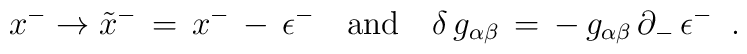
x^- \rightarrow \tilde{x}^-\,=\,x^-\,-\,\epsilon^- \quad \mbox{and} \quad\delta\,g_{\alpha\beta} \,=\, -\,g_{\alpha\beta}\,\partial_-\,\epsilon^-\;\;.